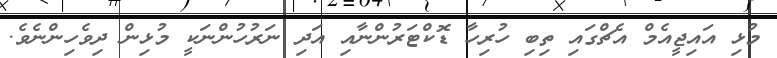
މުޅި އައިޖީއެމް އެޗްގައި ތިބި ހުރިހާ ޑޮކްޓަރުންނާއި އަދި ނަރުހުންނަކީ މުޅިން ދިވެހިންނެވެ.